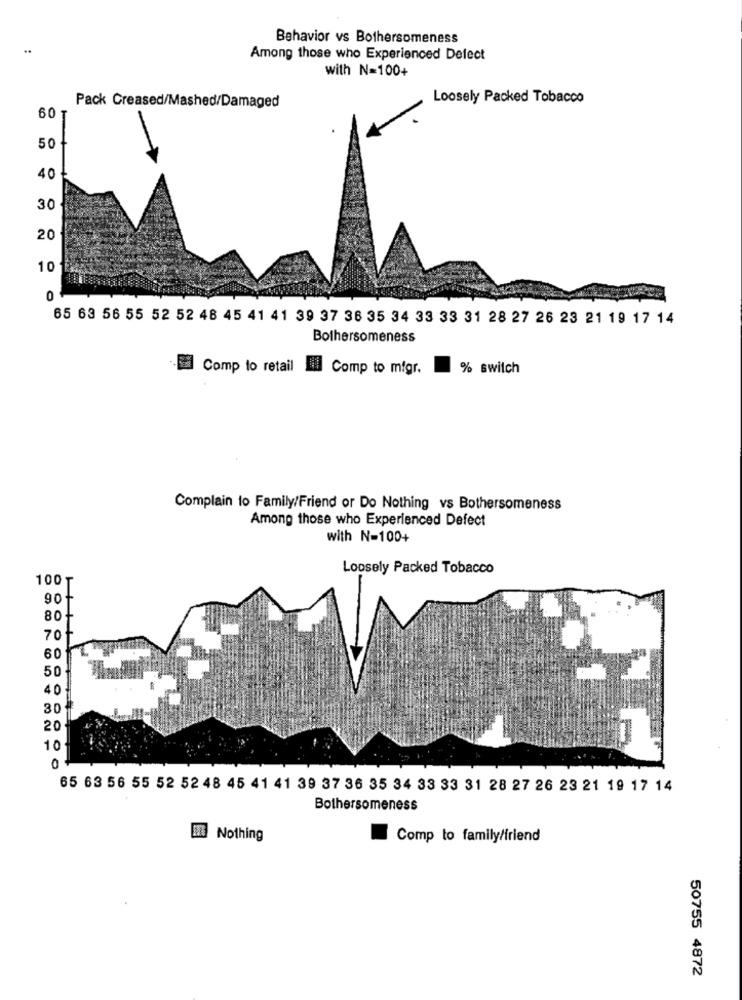
Behavior vs Bothersomeness
..
Among those who Experienced Defect
with N=100+
Loosely Packed Tobacco
Pack Creased/Mashed/Damaged
60
50
40
30
20
10
0
65 63 56 55 52 52 48 45 41 41 39 37 36 35 34 33 33 31 28 27 26 23 21 19 17 14
Bothersomeness
- Comp to retail
Lil Comp to migr.
% switch
Complain to Family/Friend or Do Nothing vs Bothersomeness
Among those who Experienced Defect
with N-100+
Loosely Packed Tobacco
100T
90
80
70
60
50
40
30
20
10
0
65 63 56 55 52 52 48 45 41 41 39 37 36 35 34 33 33 31 28 27 26 23 21 19 17 14
Bothersomeness
E Nothing
Comp to family/friend
50755 4872